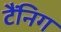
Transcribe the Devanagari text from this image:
टैंनिग